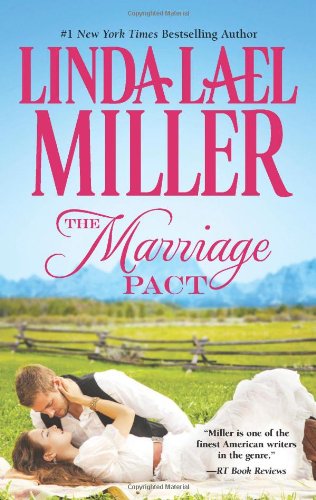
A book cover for The Marriage Pact (The Brides of Bliss County); Linda Lael Miller; Romance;